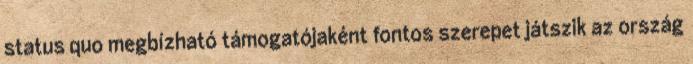
status quo megbízható támogatójaként fontos szerepet játszik az ország